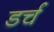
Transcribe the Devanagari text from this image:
डर्च